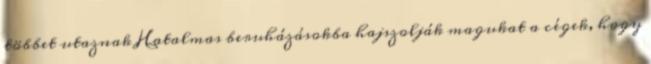
többet utaznak Hatalmas beruházásokba hajszolják magukat a cégek, hogy